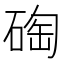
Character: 𥓮